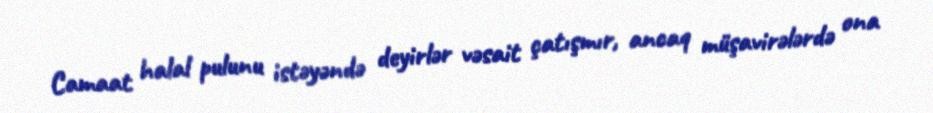
Camaat halal pulunu istəyəndə deyirlər vəsait çatışmır, ancaq müşavirələrdə ona